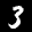
Label: 3